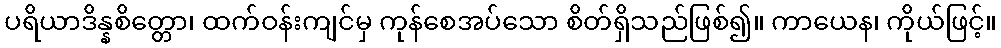
ပရိယာဒိန္နစိတ္တော၊ ထက်ဝန်းကျင်မှ ကုန်စေအပ်သော စိတ်ရှိသည်ဖြစ်၍။ ကာယေန၊ ကိုယ်ဖြင့်။